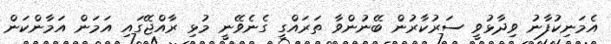
އެމަނިކުފާނު ވިދާޅުވީ ސަރުކާރުން ބޭނުންވާ ތަރައްގީ ގެނެވޭނީ މުޅި ރާއްޖޭގައި އަމަން އަމާންކަން